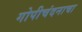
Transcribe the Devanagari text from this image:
गोपीचंदनाचा